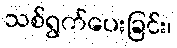
သစ်ရွက်ပေးခြင်း၊